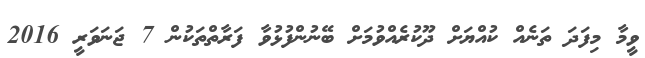
ވީމާ މިފަދަ ތަނެއް ކުއްޔަށް ދޫކުރެއްވުމަށް ބޭނުންފުޅުވާ ފަރާތްތަކުން 7 ޖަނަވަރީ 2016